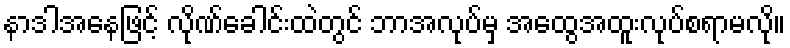
နာဒါအနေဖြင့် လိုဏ်ခေါင်းထဲတွင် ဘာအလုပ်မှ အထွေအထူးလုပ်စရာမလို။